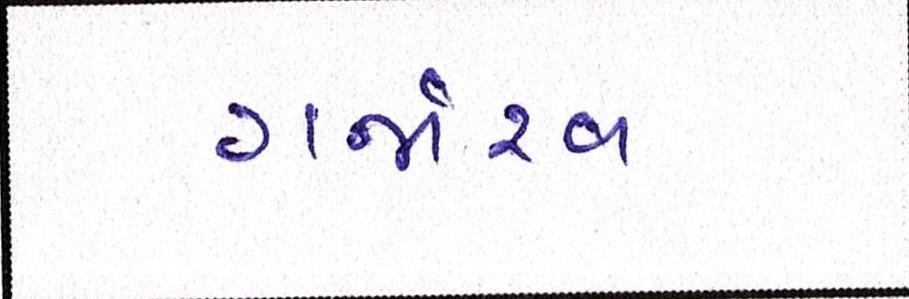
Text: ગર્જારવ